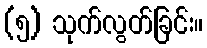
(၅) သုက်လွတ်ခြင်း။